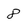
Character: 8